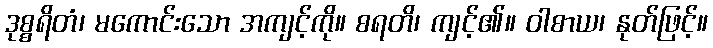
ဒုစ္စရိတံ၊ မကောင်းသော အကျင့်ကို။ စရတိ၊ ကျင့်၏။ ဝါစာယ၊ နုတ်ဖြင့်။